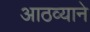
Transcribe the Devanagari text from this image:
आठव्याने